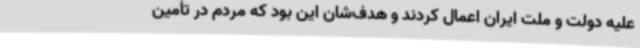
علیه دولت و ملت ایران اعمال کردند و هدف‌شان این بود که مردم در تأمین